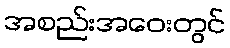
အစည်းအဝေးတွင်